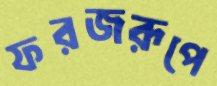
ফরজরূপে